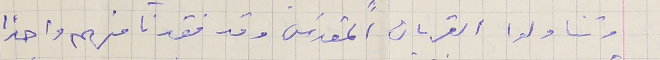
وتناولوا القربان المقدَس وقد فقدنا منهم واحداً